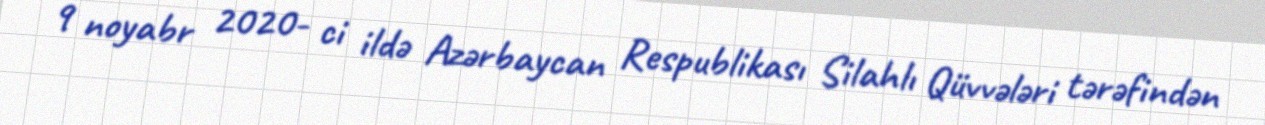
9 noyabr 2020- ci ildə Azərbaycan Respublikası Silahlı Qüvvələri tərəfindən